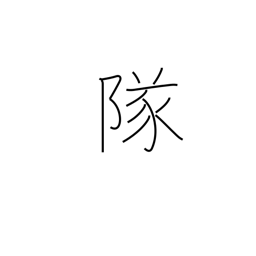
Meaning: company